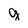
Character: g